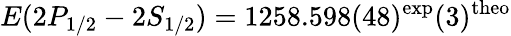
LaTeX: E(2P_{1/2}-2S_{1/2})=1258.598(48)^{\mathrm{exp}}(3)^{\mathrm{theo}}